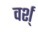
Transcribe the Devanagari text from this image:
वर्श्